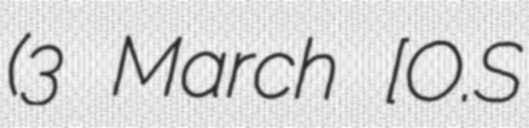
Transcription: (3 March [O.S